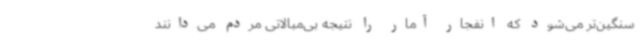
سنگین‌تر می‌شود که انفجار آمار را نتیجه بی‌مبالاتی مردم می‌دانند